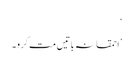
‘
’احمقانہ باتیں مت کرو۔